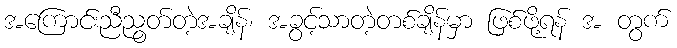
အကြောင်းညီညွတ်တဲ့အချိန်၊ အခွင့်သာတဲ့တစ်ချိန်မှာ ဖြစ်ဖို့ရန် အ တွက်